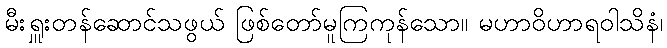
မီးရှူးတန်ဆောင်သဖွယ် ဖြစ်တော်မူကြကုန်သော။ မဟာဝိဟာရဝါသိနံ၊